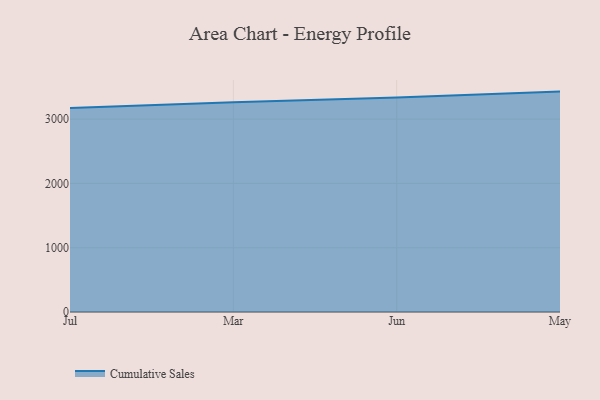
{"axis": {"x": "Month", "y": "Waste Production (Tons)"}, "legend": ["Cumulative Sales"], "data": [{"x": "Jul", "y": 3172.0, "type": "Cumulative Sales"}, {"x": "Mar", "y": 3263.4, "type": "Cumulative Sales"}, {"x": "Jun", "y": 3336.7, "type": "Cumulative Sales"}, {"x": "May", "y": 3428.6, "type": "Cumulative Sales"}]}